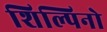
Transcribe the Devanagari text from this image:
शिल्पिनो